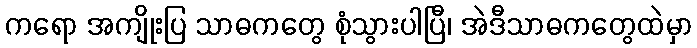
ကရော အကျိုးပြ သာဓကတွေ စုံသွားပါပြီ၊ အဲဒီသာဓကတွေထဲမှာ